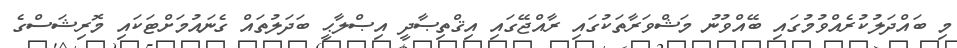
މި ބައްދަލުކުރެއްވުމުގައި ބޭއްވުނު މަޝްވަރާތަކުގައި ރާއްޖޭގައި އިޤްތިޞާދީ އިޞްލާޙީ ބަދަލުތައް ގެނައުމަށްޓަކައި މޮރިޝަސްގެ